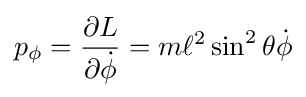
p_{\phi }={\frac {\partial L}{\partial {\dot {\phi }}}}=m\ell ^{2}\sin ^{2}\theta {\dot {\phi }}